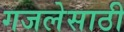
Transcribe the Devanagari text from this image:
गजलेसाठी